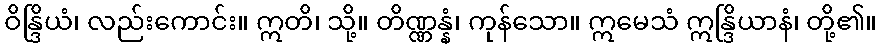
ဝိန္ဒြိယံ၊ လည်းကောင်း။ ဣတိ၊ သို့။ တိဏ္ဏန္နံ၊ ကုန်သော။ ဣမေသံ ဣန္ဒြိယာနံ၊ တို့၏။